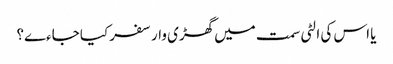
یا اس کی الٹی سمت میں گھڑی وار سفر کیا جاءے؟